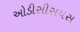
ઓડીસીસયસ